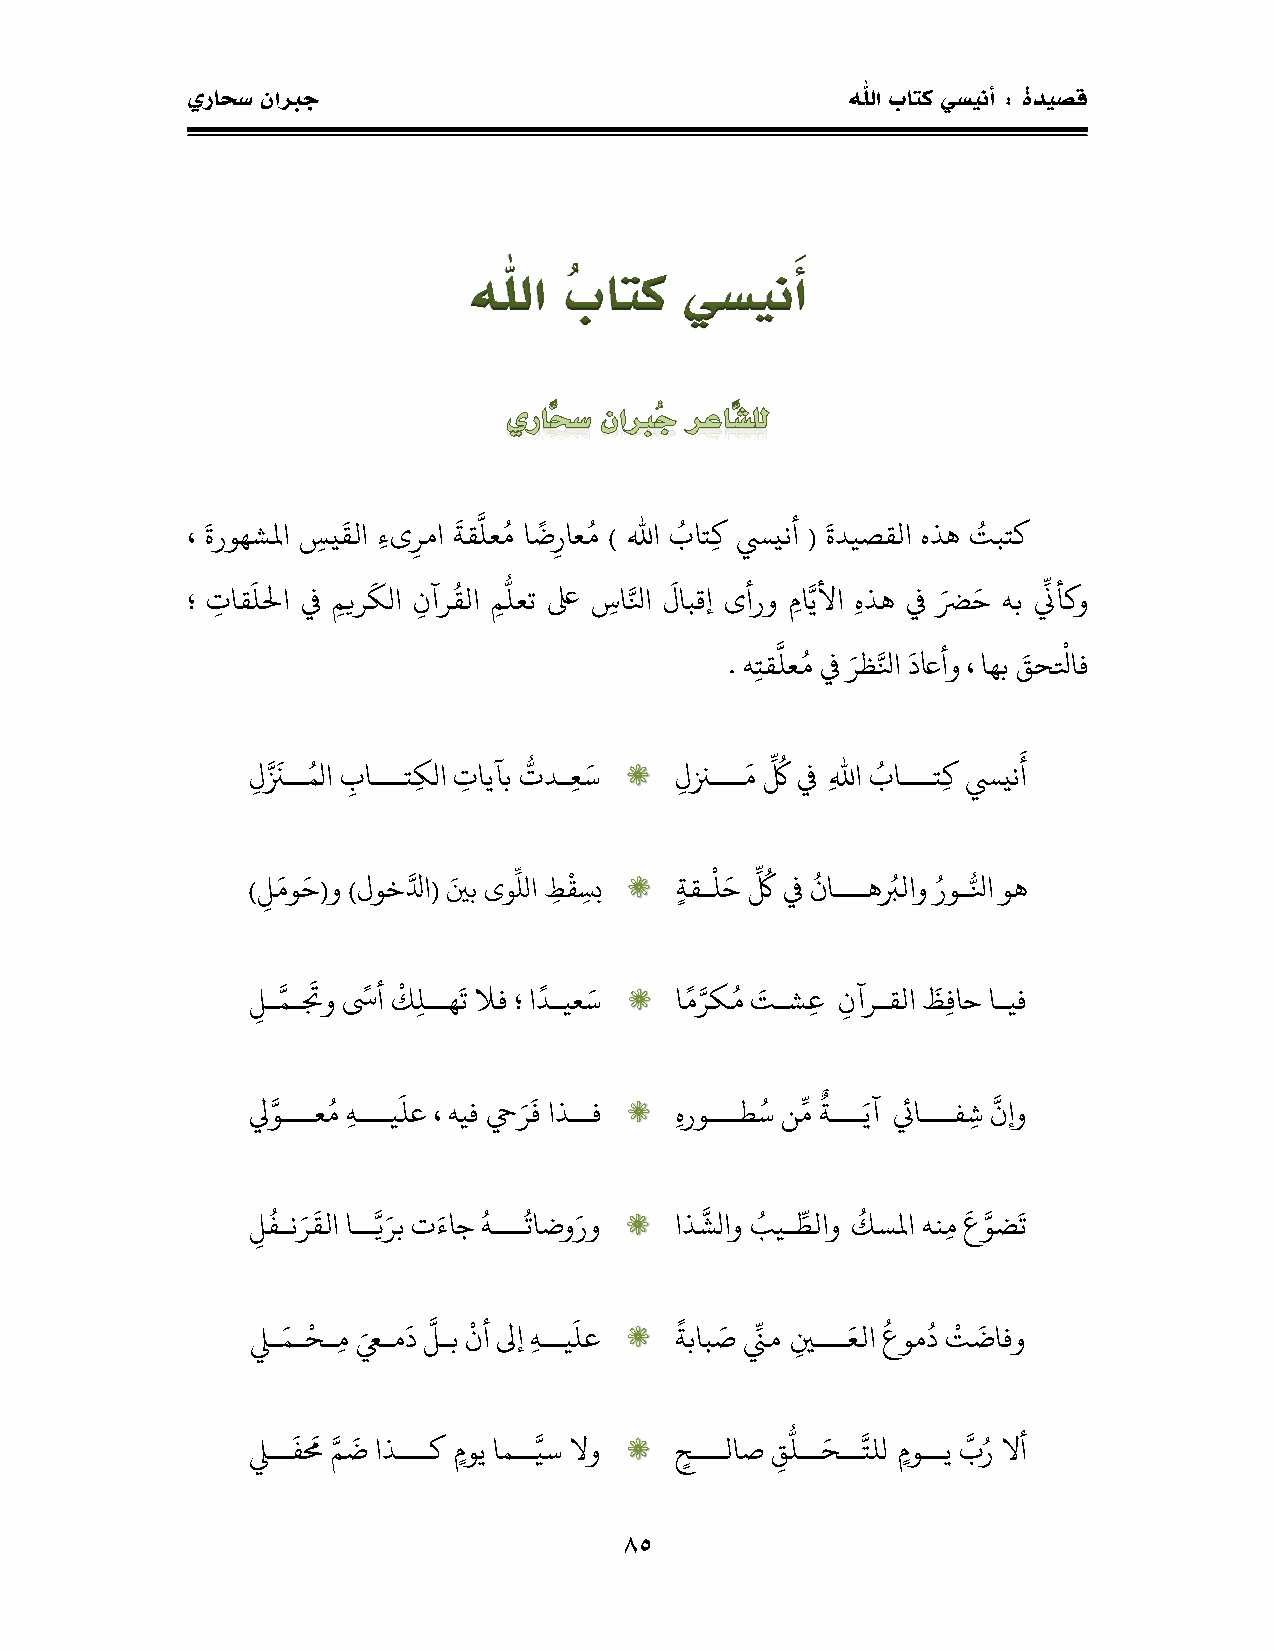
يراحس نابرج                                 للها باتك يسينأ : ةديصق
 للها  ُباتك   يسينأَ
 ُ     ُ     ُ                   ُ
 ، ةروهشلما س ي قلا ء ى ر ما ةق لع م ا ض ر اع م ) للها بات ك سيينأ ( ةديصقلا هذه تبتك
 ُ                                      ِ
 ؛ ت اق للحا في م ير كلا ن آر قلا م لعت على س ا لا لابقإ ىأرو م ا يلأا هذه في ض َ ه نّأكو
 ُ
 ْ
 . ت ق لع م في رظ لا دعاأو ، اهه َحق لاف
 ُ                              ِ ُ    ُ
 ل نزــ ملا ب اـــت ك لا ت ايآه تدـ ع س ل نزـــ م ك في لله ا باـــت ك سيين أ
 ِ   ْ        ْ  ِ ُ ُ    ُ  ُ
 ) ل مو َ(و )لوخلدا( يه ىوللا ط قس ب ة قـ ل َ ك في ناـــه بلاو روـ لا وه
 ْ                      ُ
 ل ـ مـ تو سأ كل ــه ت لاف ؛ ا دـيع س ا م رك م تـش ع ن آرـقلا ظ فاَ اـيف
 ُ                           ُ  ِ ٌ
 ليوـــعم ـــي لع ، يف حي ر ف اذــف هروـــط س ن م ةـــ يآ ئياـــف ش نإو
 ُ             ُ  ُ              ُ  ِ   ُ
 ل فـن ر قلا اــ ي ره ت ءاج ـــ تاضو رو اذ شلاو بيـ طلاو كسلما ن م ع وض ت
 ْ          ْ                  ِ        ُ ُ ْ
 ليـ مـ حقـ م عيـم د لـه نأ لىإ ــي لع ةهاب َ نّم ي ـــ علا عوم د ت ضافو
 ُ
 ليــ ف م م ض اذـــك م وي امــ يس لاو ح ـــلاَ َ لــ حقــ تلل م وــي بر لاأ
 48